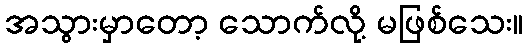
အသွားမှာတော့ သောက်လို့ မဖြစ်သေး။